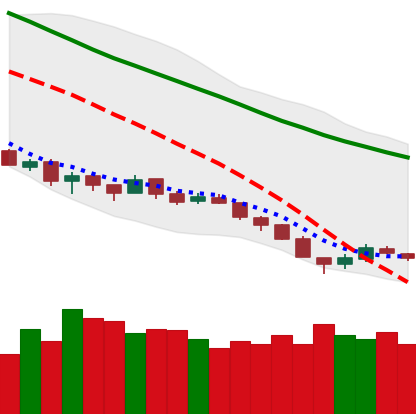
Ticker: EOS-USD
Chart end date: 2018-12-11
Forward return: 3.584%
Label: up_3_5